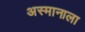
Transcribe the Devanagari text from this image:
अस्मानाला